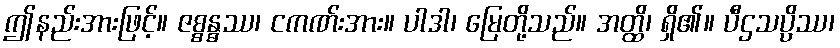
ဤနည်းအားဖြင့်။ ဇစ္စန္ဓဿ၊ ငကဏ်းအား။ ပါဒါ၊ မြေတို့သည်။ အတ္ထိ၊ ရှိ၏။ ပီဌသပ္ပိဿ၊